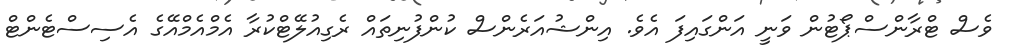
ވެސް ޓްރާންސްޕޯޓުން ވަނީ އަންގައިފަ އެވެ. އިންޝުއަރެންސް ކުންފުނިތައް ރެގިއުލޭޓްކުރާ އެމްއެމްއޭގެ އެސިސްޓެންޓް